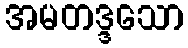
အမတဒ္ဒသော